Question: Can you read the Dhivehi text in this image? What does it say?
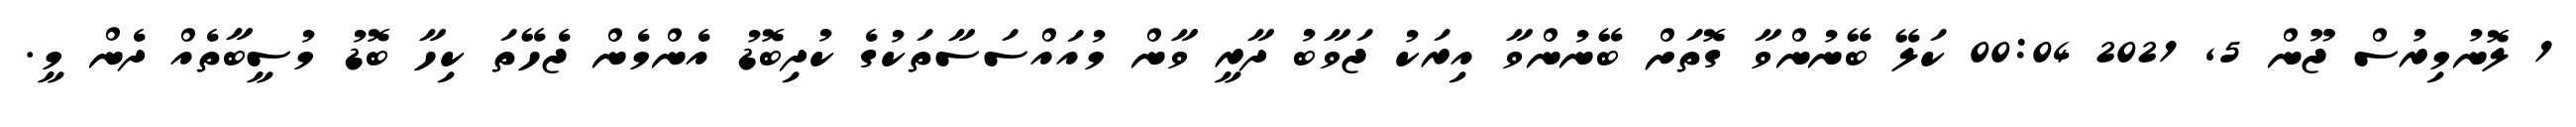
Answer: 1 ލޮނުމިރުސް ޖޫން 5, 2021 00:04 ކަލޭ ބޭނުންވާ ގޮތަށް ބޭނުންވާ އިރަކު ޖަވާބު ދާރީ ވާން މުއައްސަސާތަކުގެ ކުދިބޮޑު އެންމެން ޖެހޭތަ ކިހާ ބޮޑު މުސީބާތެއް ދެން މީ.